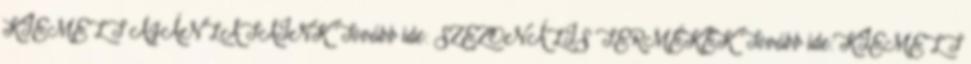
KIEMELT AJÁNLATAINK Tovább ide: SZEZONÁLIS TERMÉKEK Tovább ide: KIEMELT